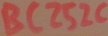
Text: BC252C